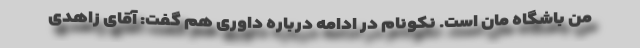
من باشگاه مان است. نکونام در ادامه درباره داوری هم گفت: آقای زاهدی